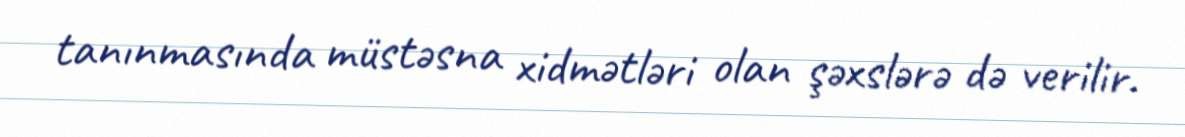
tanınmasında müstəsna xidmətləri olan şəxslərə də verilir.